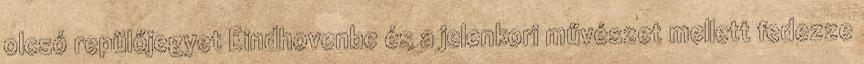
olcsó repülőjegyet Eindhovenbe és a jelenkori művészet mellett fedezze